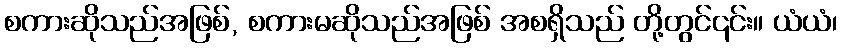
စကားဆိုသည်အဖြစ်, စကားမဆိုသည်အဖြစ် အစရှိသည် တို့တွင်၎င်း။ ယံယံ၊